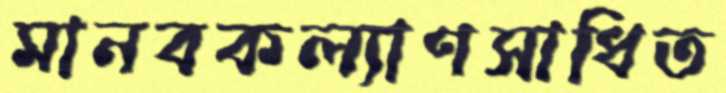
মানবকল্যাণসাধিত